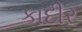
કાદીર